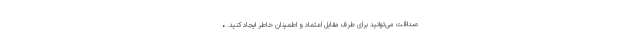
صداقت می‌توانید برای طرف مقابل اعتماد و اطمینان خاطر ایجاد کنید. •